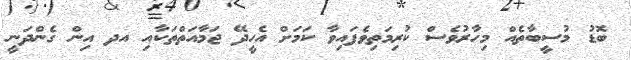
ބޮޑު މުސީބާތެއް މިހާރުވެސް ކުރިމަތިވެފައިވާ ކަމަށް އެހީދޭ ޖަމާއަތްތަކާއި އދ އިން ގެންދަނީ